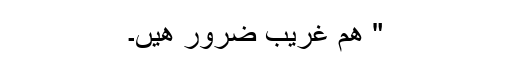
" ھم غریب ضرور ھیں۔